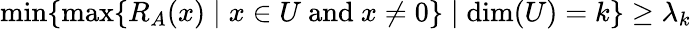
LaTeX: \operatorname*{min}\{ \operatorname*{max}\{ R_{A}(x)\mid x\in U{\mathrm{~and~}}x\neq 0\} \mid\dim(U)=k\} \geq\lambda_{k}